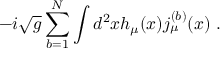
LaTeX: - i \sqrt { g } \sum _ { b = 1 } ^ { N } \int d ^ { 2 } x h _ { \mu } ( x ) j _ { \mu } ^ { ( b ) } ( x ) \; .